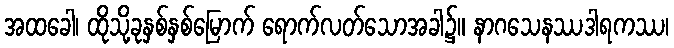
အထခေါ၊ ထိုသို့ခုနှစ်နှစ်မြောက် ရောက်လတ်သောအခါ၌။ နာဂသေနဿဒါရကဿ၊